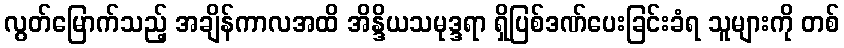
လွတ်မြောက်သည့် အချိန်ကာလအထိ အိန္ဒိယသမုဒ္ဒရာ ရှိပြစ်ဒဏ်ပေးခြင်းခံရ သူများကို တစ်